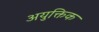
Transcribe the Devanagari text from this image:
अयुक्तिक